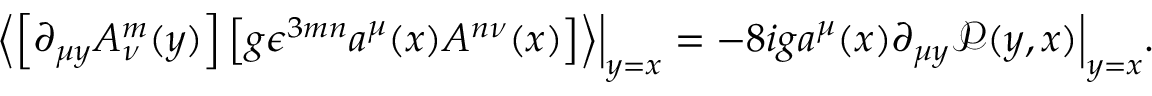
\left\langle \left[ \partial _ { \mu y } A _ { \nu } ^ { m } ( y ) \right] \left[ g \epsilon ^ { 3 m n } a ^ { \mu } ( x ) A ^ { n \nu } ( x ) \right] \right\rangle \Bigr | _ { y = x } = - 8 i g a ^ { \mu } ( x ) \partial _ { \mu y } \mathcal P ( y , x ) \Bigr | _ { y = x } .